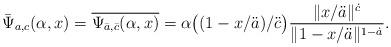
LaTeX: \begin{align*} \bar\Psi_{a,c}(\alpha,x)=\overline{\Psi_{\bar a,\bar c}(\alpha,x)} =\alpha\big((1-x/\ddot a)/\ddot c\big) \frac{\|x/\ddot a\|^{\dot c}}{\|1-x/\ddot a\|^{1-\dot a}}.\end{align*}